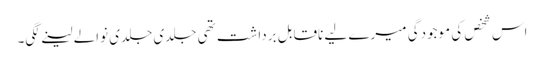
اس شخص کی موجودگی میرے لیے ناقابل برداشت تھی جلدی جلدی نوالے لینے لگی۔